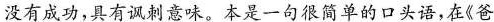
没有成功，具有讽刺意味。本是一句很简单的口头语，在《爸